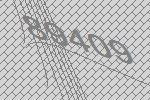
89409